Civil Veterinary Department. United Provinces 1923-31 - 1923-1931
Year: 1923
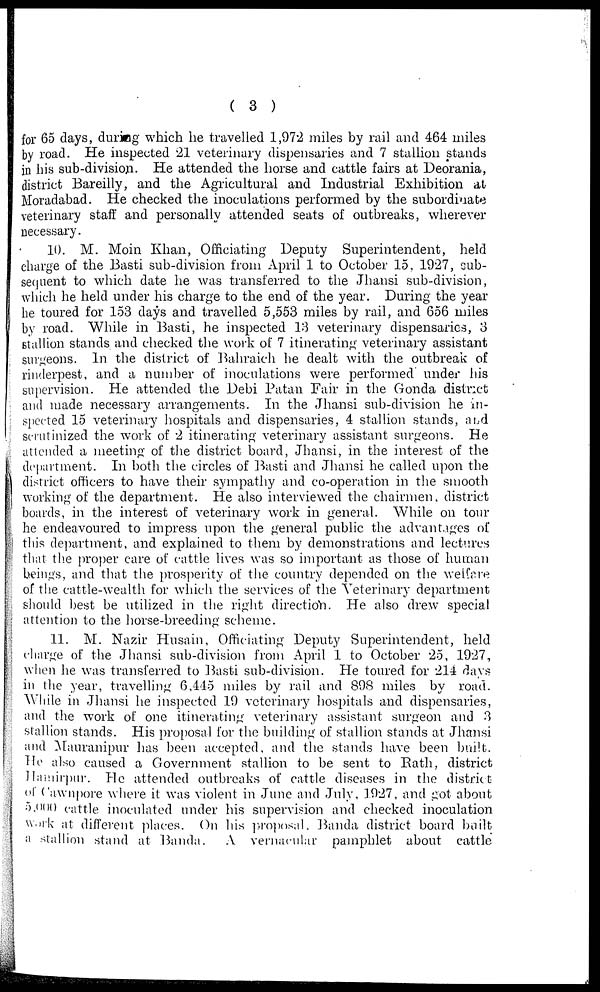
( 3 )
for 65 days, during which he travelled 1,972 miles by rail and 464 miles
by road. He inspected 21 veterinary dispensaries and 7 stallion stands
in his sub-division. He attended the horse and cattle fairs at Deorania,
district Bareilly, and the Agricultural and Industrial Exhibition at
Moradabad. He checked the inoculations performed by the subordinate
veterinary staff and personally attended seats of outbreaks, wherever
necessary.
10. M. Moin Khan, Officiating Deputy Superintendent, held
charge of the Basti sub-division from April 1 to October 15, 1927, sub-
sequent to which date he was transferred to the Jhansi sub-division,
which he held under his charge to the end of the year. During the year
he toured for 153 days and travelled 5,553 miles by rail, and 656 miles
by road. While in Basti, he inspected 13 veterinary dispensaries, 3
stallion stands and checked the work of 7 itinerating veterinary assistant
surgeons. In the district of Bahraich he dealt with the outbreak of
rinderpest, and a number of inoculations were performed under his
supervision. He attended the Debi Patan Fair in the Gonda district
and made necessary arrangements. In the Jhansi sub-division he in-
spected 15 veterinary hospitals and dispensaries, 4 stallion stands, and
scrutinized the work of 2 itinerating veterinary assistant surgeons. He
attended a meeting of the district board, Jhansi, in the interest of the
department. In both the circles of Basti and Jhansi he called upon the
district officers to have their sympathy and co-operation in the smooth
working of the department. He also interviewed the chairmen, district
boards, in the interest of veterinary work in general. While on tour
he endeavoured to impress upon the general public the advantages of
this department, and explained to them by demonstrations and lectures
that the proper care of cattle lives was so important as those of human
beings, and that the prosperity of the country depended on the welfare
of the cattle-wealth for which the services of the Veterinary department
should best be utilized in the right direction. He also drew special
attention to the horse-breeding scheme.
11. M. Nazir Husain, Officiating Deputy Superintendent, held
charge of the Jhansi sub-division from April 1 to October 25, 1927,
when he was transferred to Basti sub-division. He toured for 214 days
in the year, travelling 6,445 miles by rail and 898 miles by road.
While in Jhansi he inspected 19 veterinary hospitals and dispensaries,
and the work of one itinerating veterinary assistant surgeon and 3
stallion stands. His proposal for the building of stallion stands at Jhansi
and Mauranipur has been accepted, and the stands have been built.
He also caused a Government stallion to be sent to Bath, district
Hamirpur. He attended outbreaks of cattle diseases in the district
of Cawnpore where it was violent in June and July, 1927, and got about
5,000 cattle inoculated under his supervision and checked inoculation
work at different places. On his proposal, Banda district board built
a stallion stand at Banda.
A vernacular pamphlet about cattle